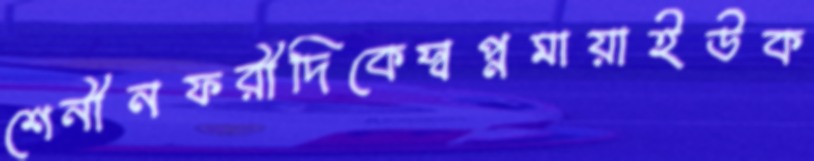
শেনীনফরীদিকেস্বপ্নমায়াইউক